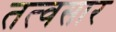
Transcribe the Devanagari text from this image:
तत्वसार